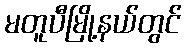
မတူပီမြို့နယ်တွင်